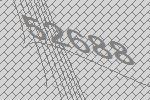
52688